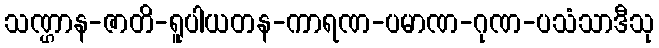
သဏ္ဌာန-ဇာတိ-ရူပါယတန-ကာရဏ-ပမာဏ-ဂုဏ-ပသံသာဒီသု